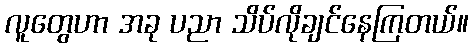
လူတွေဟာ အခု ပညာ သိပ်လိုချင်နေကြတယ်။